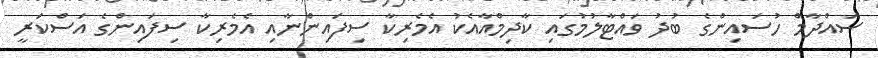
ސައްދާމް ހުސައިންގެ ބުދު ވައްޓާލުމުގައި ކާދިމްއާއެކު އެމެރިކާ ސިފައިންނާއި އެމެރިކާ ސިފައިންގެ އަސްކަރީ